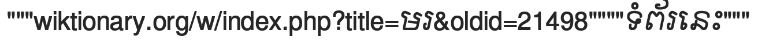
"""wiktionary.org/w/index.php?title=មរ&oldid=21498""""ទំព័រនេះ"""